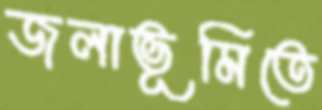
জলাভূমিতে